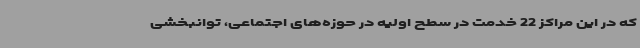
که در این مراکز 22 خدمت در سطح اولیه در حوزه‌های اجتماعی، توانبخشی